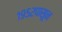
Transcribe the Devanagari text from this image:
१९५२पासून